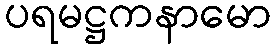
ပရမဋ္ဌကနာမော